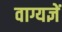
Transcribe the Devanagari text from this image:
वाग्यज्ञें